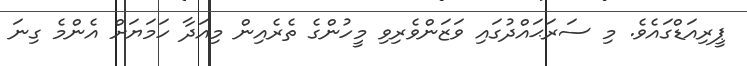
ޕީރިއަޑްގައެވެ. މި ސަރަޙައްދުގައި ވަޒަންވެރިވި މީހުންގެ ތެރެއިން މިއަދާ ހަމަޔަށް އެންމެ ގިނަ